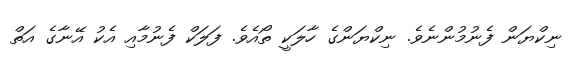
ނިކްޔަން ފެނުމުންނެވެ. ނިކްޔަންގެ ހާލަކީ ތޯއެވެ. ފަލަކް ފެނުމާއި އެކު އޭނާގެ އަތް